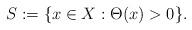
LaTeX: \begin{align*}{S}:=\{x\in X:\Theta(x)>0\}.\end{align*}